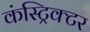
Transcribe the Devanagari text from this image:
कंस्ट्रिक्टर